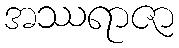
အဿရာဇာ